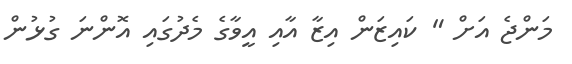
މަންޖެ އަށް " ކައިޒަން އިޒާ އާއި އީވާގެ މެދުގައި އޮންނަ ގުޅުން